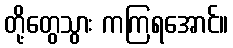
တို့တွေသွား ကကြရအောင်။